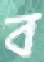
ব